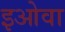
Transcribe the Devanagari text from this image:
इओवा